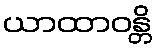
ယာထာဝန္တိ